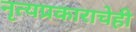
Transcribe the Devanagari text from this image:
नृत्यप्रकाराचेही